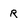
Character: R